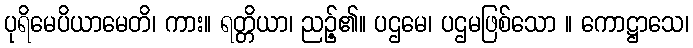
ပုရိမေပိယာမေတိ၊ ကား။ ရတ္တိယာ၊ ညဉ့်၏။ ပဌမေ၊ ပဌမဖြစ်သော ။ ကောဋ္ဌာသေ၊